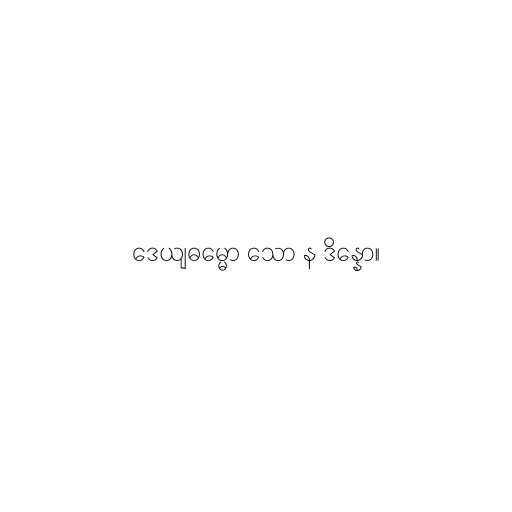
ဒေယျဓမ္မော သော န ဒိန္နော။